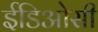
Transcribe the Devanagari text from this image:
ईडिओसी